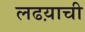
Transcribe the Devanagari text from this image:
लढय़ाची